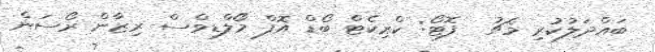
ބައްދަލުކުރި މެޗު  ފޮޓޯ: ކްރިކެޓް ބޯޑް އޮފް މޯލްޑިވްސް ރިޒާން ރޯސަން